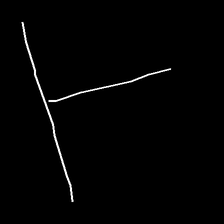
Glyph: column